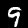
Label: 9